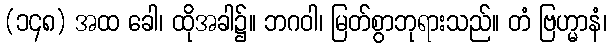
(၁၄၈) အထ ခေါ၊ ထိုအခါ၌။ ဘဂဝါ၊ မြတ်စွာဘုရားသည်။ တံ ဗြဟ္မာနံ၊